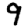
Digit: 9